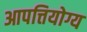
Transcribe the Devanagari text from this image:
आपत्तियोग्य